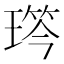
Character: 𤨋